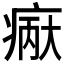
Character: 𪽲